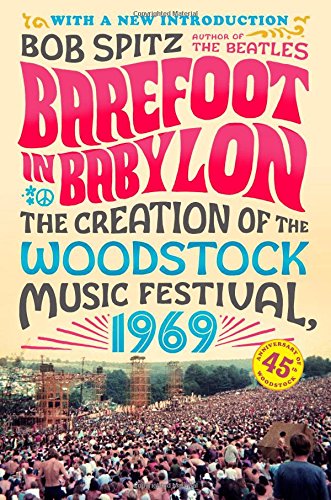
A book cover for Barefoot in Babylon: The Creation of the Woodstock Music Festival, 1969; Bob Spitz; History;